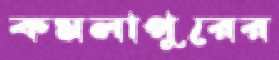
কমলাপুরের